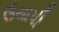
ઉથાપી